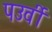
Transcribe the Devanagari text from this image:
पउर्वी